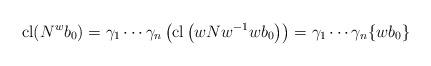
LaTeX: \begin{align*}\mathrm{cl}(N^{w}b_{0})=\gamma _{1}\cdots \gamma _{n}\left( \mathrm{cl}\left( wNw^{-1}wb_{0}\right) \right) =\gamma _{1}\cdots \gamma _{n}\{wb_{0}\}\end{align*}